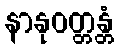
နာနုဝတ္တန္တံ